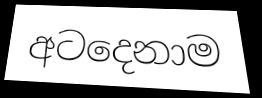
අටදෙනාම